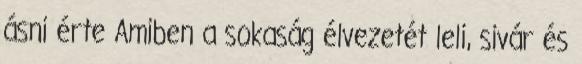
ásni érte Amiben a sokaság élvezetét leli, sivár és